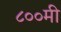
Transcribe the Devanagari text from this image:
८००मी